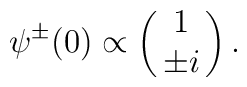
\psi^{\pm}(0) \propto \left( \matrix{ 1 \cr \pm i } \right).